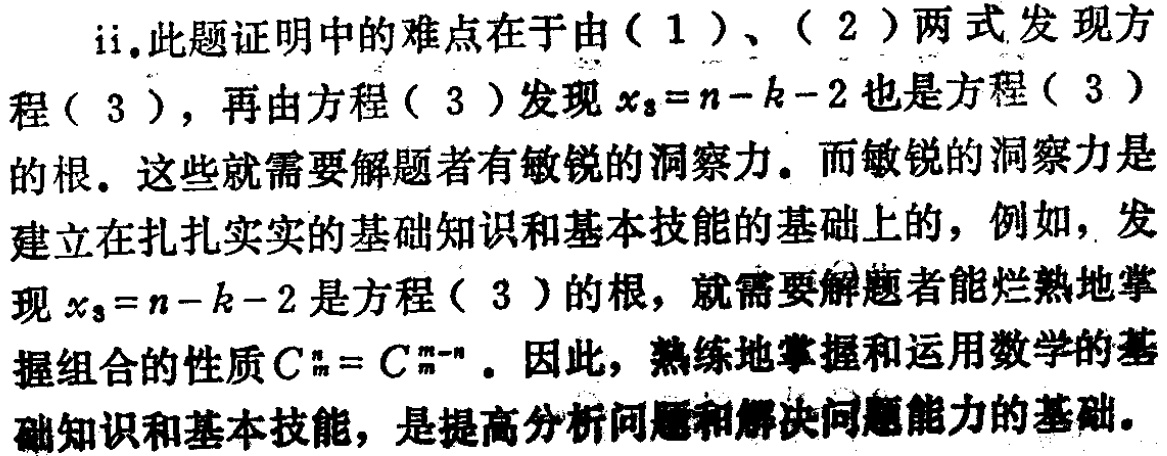
ii. 此题证明中的难点在于由（1）、（2）两式发现方程（3），再由方程（3）发现\(x_{3}=n - k - 2\)也是方程（3）的根。这些就需要解题者有敏锐的洞察力。而敏锐的洞察力是建立在扎扎实实的基础知识和基本技能的基础上的，例如，发现\(x_{3}=n - k - 2\)是方程（3）的根，就需要解题者能烂熟地掌握组合的性质\(C_{m}^{n}=C_{m}^{m - n}\)。因此，熟练地掌握和运用数学的基础知识和基本技能，是提高分析问题和解决问题能力的基础。